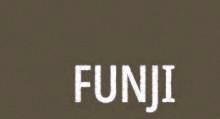
FUNJI